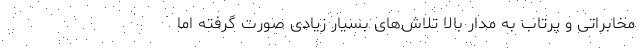
مخابراتی و پرتاب به مدار بالا تلاش‌های بسیار زیادی صورت گرفته اما